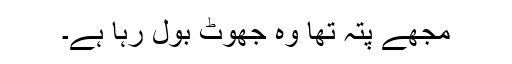
مجھے پتہ تھا وہ جھوٹ بول رہا ہے۔